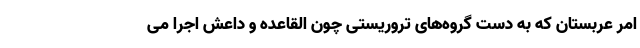
امر عربستان که به دست گروه‌های تروریستی چون القاعده و داعش اجرا می